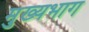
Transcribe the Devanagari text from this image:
मुख्यभाग